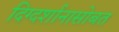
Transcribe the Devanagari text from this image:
दिग्दर्शानासोबत